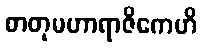
စာတုမဟာရာဇိကေဟိ